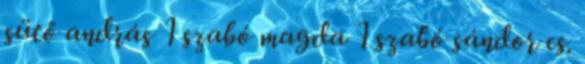
sütő andrás 1 szabó magda 1 szabó sándor cs.